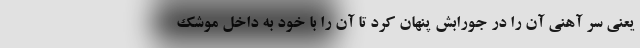
یعنی سر آهنی آن را در جورابش پنهان کرد تا آن را با خود به داخل موشک